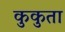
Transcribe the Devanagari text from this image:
कुकुता